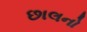
છાલનો